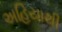
અહિયાથી